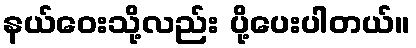
နယ်ဝေးသို့လည်း ပို့ပေးပါတယ်။